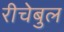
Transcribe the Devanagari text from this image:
रीचेबुल